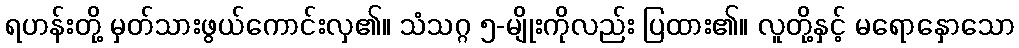
ရဟန်းတို့ မှတ်သားဖွယ်ကောင်းလှ၏။ သံသဂ္ဂ ၅-မျိုးကိုလည်း ပြထား၏။ လူတို့နှင့် မရောနှောသော